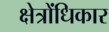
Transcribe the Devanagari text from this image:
क्षेत्रोंधिकार